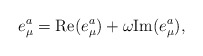
\begin{align*}e^a_\mu={\rm Re}(e^a_\mu)+\omega{\rm Im}(e^a_\mu),\end{align*}